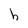
Character: h